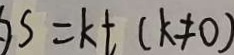
S = k t + ( k \neq 0 )